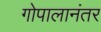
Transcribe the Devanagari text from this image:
गोपालानंतर